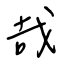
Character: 哉